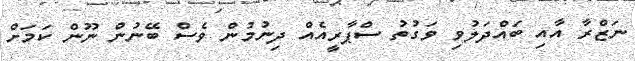
ނަޒްރާ އާއި ބައްދަލުވި ވަގުތު ސްޕާރީއެއް ދިނުމުން ވެސް ބޭނުން ނޫން ކަމަށް